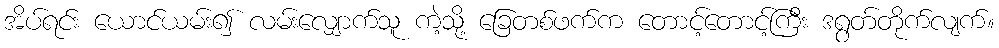
အိပ်ရင်း ယောင်ယမ်း၍ လမ်းလျှောက်သူ ကဲ့သို့ ခြေတစ်ဖက်က တောင့်တောင့်ကြီး ဒရွတ်တိုက်လျက်။